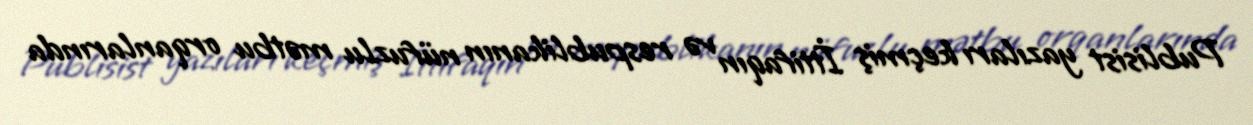
Publisist yazıları keçmiş İttifaqın və respublikanın nüfuzlu mətbu orqanlarında